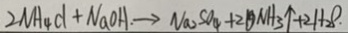
2 N H _ { 4 } C l + N a O H \rightarrow N a _ { 2 } S O _ { 4 } + 2 O N H _ { 3 } \uparrow + 2 H _ { 2 } O .